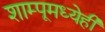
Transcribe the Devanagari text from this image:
शाम्पूमध्येही